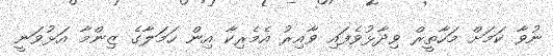
ނުވާ ކަމަށް މަހާތީރް ވިދާޅުވެފައި ވާއިރު އެމެރިކާ އިން ހަމަލާގެ ޒިންމާ އަޅުވަނީ